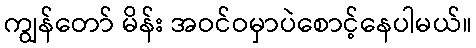
ကျွန်တော် မိန်း အဝင်ဝမှာပဲစောင့်နေပါမယ်။